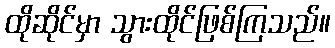
ထိုဆိုင်မှာ သွားထိုင်ဖြစ်ကြသည်။